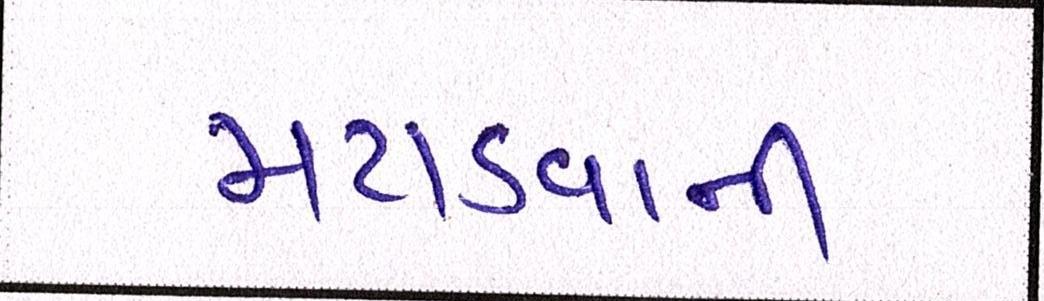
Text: મટાડવાની